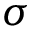
\sigma